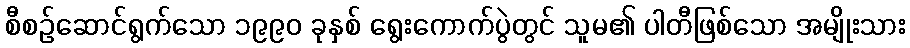
စီစဉ်ဆောင်ရွက်သော ၁၉၉၀ ခုနှစ် ရွေးကောက်ပွဲတွင် သူမ၏ ပါတီဖြစ်သော အမျိုးသား